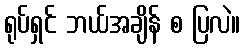
ရုပ်ရှင် ဘယ်အချိန် စ ပြလဲ။